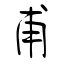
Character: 甫